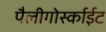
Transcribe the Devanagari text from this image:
पैलीगोर्स्काईट